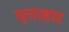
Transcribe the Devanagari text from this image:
मृताहार